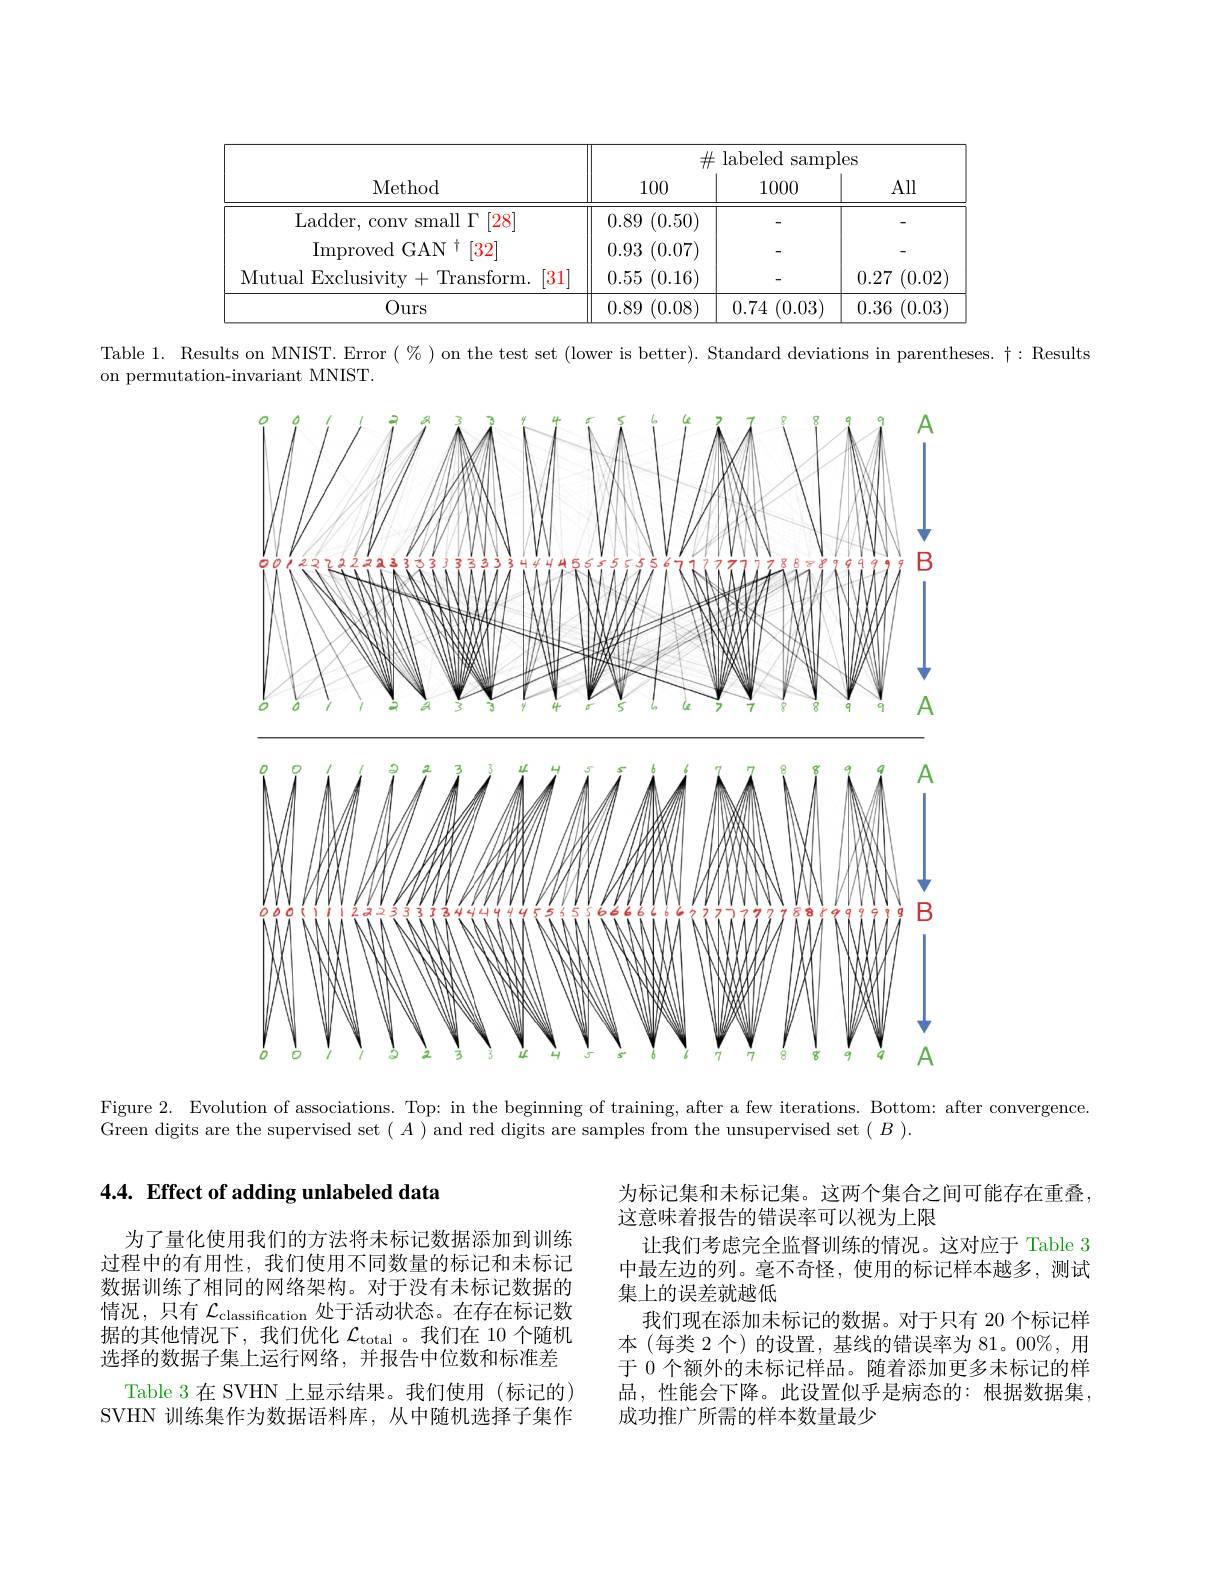
<table>
	<tbody>
		<tr>
			<th rowspan="2">Method</th>
			<th colspan="3">$\#$labeled samples</th>
		</tr>
		<tr>
			<th>100</th>
			<th>1000</th>
			<th>All</th>
		</tr>
		<tr>
			<td>Ladder, conv small $\Gamma$ [28]</td>
			<td>(0.50) 0.89</td>
			<td> </td>
			<td> </td>
		</tr>
		<tr>
			<td>[32] Improved GAN</td>
			<td>(0.07) 0.93</td>
			<td> </td>
			<td> </td>
		</tr>
		<tr>
			<td>1. [31 Mutual Exclusivity+Transform.</td>
			<td>0.55 (0.16)</td>
			<td> </td>
			<td>(0.02 0.27</td>
		</tr>
		<tr>
			<td>Ours</td>
			<td>(0.08) 0.89</td>
			<td>(0.03) 0.74</td>
			<td>0.36 (0.03</td>
		</tr>
	</tbody>
</table>

Table 1. Results on MNIST. Error( %) on the test set (lower is better). Standard deviations in parentheses. $\dagger:$ Results

on permutation-invariant MNIST.
<FigureHere>

Figure 2. Evolution of associations. Top: in the beginning of training, after a few iterations. Bottom: after convergence.

Green digits are the supervised set $(A)$ and red digits are samples from the unsupervised set $(B).$

## 4.4. Effect of adding unlabeled data

为标记集和未标记集。这两个集合之间可能存在重叠
这意味着报告的错误率可以视为上限
让我们考虑完全监督训练的情况。这对应于 Table 3中最左边的列。毫不奇怪，使用的标记样本越多，测试集上的误差就越低
我们现在添加未标记的数据。对于只有 20 个标记样本 (每类 2 个) 的设置，基线的错误率为 81。00%, 用于 0 个额外的未标记样品。随着添加更多未标记的样品，性能会下降。此设置似乎是病态的：根据数据集， 成功推广所需的样本数量最少

为了量化使用我们的方法将未标记数据添加到训练过程中的有用性，我们使用不同数量的标记和未标记数据训练了相同的网络架构。对于没有未标记数据的情况，只有$\mathcal{L}_\mathrm{classification}$处于活动状态。在存在标记数据的其他情况下，我们优化$\mathcal{L}_\mathrm{total}$ 。我们在 10 个随机选择的数据子集上运行网络，并报告中位数和标准差
Table 3 在 SVHN 上显示结果。我们使用 (标记的) SVHN 训练集作为数据语料库，从中随机选择子集作